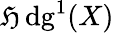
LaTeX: \operatorname{\mathfrak{H}dg}^{1}(X)